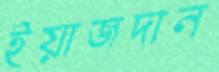
ইয়াজদান